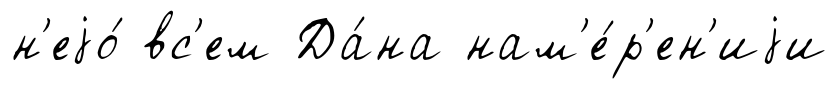
н'еjо́ вс'ем Да́на нам'е́р'ен'иjи